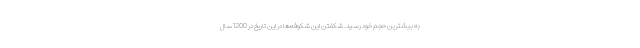
به بیشترین حجم خود رسید. شکفتن این شکوفه‌ها در این تاریخ در 1200 سال